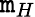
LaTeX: \mathtt{m}_{H}